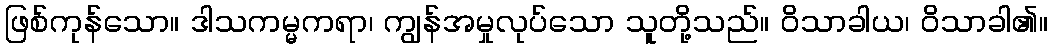
ဖြစ်ကုန်သော။ ဒါသကမ္မကရာ၊ ကျွန်အမှုလုပ်သော သူတို့သည်။ ဝိသာခါယ၊ ဝိသာခါ၏။